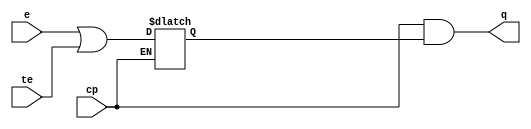
// SPDX-License-Identifier: Apache-2.0
// Copyright (C) 2019 Intel Corporation. All rights reserved
module c3aibadapt_txclk_gate
(
	input	wire		cp,
	input	wire		e,
	input	wire		te,
	output	wire		q
);

	wire	clk;
	wire	clk_n;
	wire	clken;
	reg	latch_clken;

	assign clk = cp;
	assign clk_n = ~cp;
	assign clken = e || te;

        always @(clk_n or clken)
        begin
		if (clk_n)
                begin
                        latch_clken <= clken;
                end
        end

	assign q = clk & latch_clken;

endmodule // c3aibadapt_txclk_gate